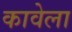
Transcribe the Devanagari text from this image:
कावेला